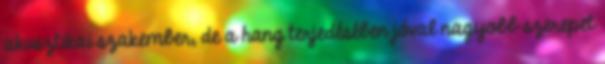
akusztikai szakember, de a hang terjedésében jóval nagyobb szerepet